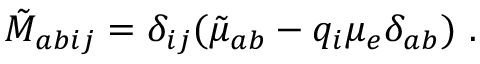
{ \tilde { \cal M } } _ { a b i j } = \delta _ { i j } ( { \tilde { \mu } } _ { a b } - q _ { i } \mu _ { e } \delta _ { a b } ) \ .